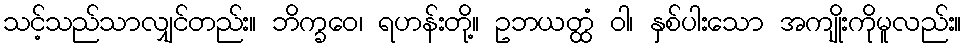
သင့်သည်သာလျှင်တည်း။ ဘိက္ခဝေ၊ ရဟန်းတို့။ ဥဘယတ္ထံ ဝါ၊ နှစ်ပါးသော အကျိုးကိုမူလည်း။